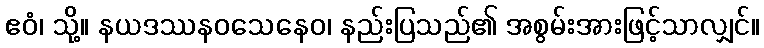
ဧဝံ၊ သို့။ နယဒဿနဝသေနေဝ၊ နည်းပြသည်၏ အစွမ်းအားဖြင့်သာလျှင်။